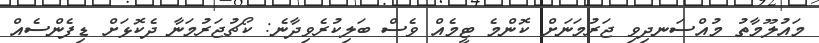
މައުލޫމާތު މުއްސަނދިވި ޖަރުމަނަށް ކޮންމެ ޓީމެއް ވެސް ބަލިކުރެވިދާނެ: ކޯޗުޖަރުމަނާ ދެކޮޅަށް ޑިފެންސެއް